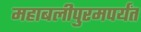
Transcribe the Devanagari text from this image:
महाबलीपुरमपर्यंत